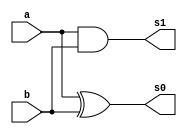
// -------------------------
// Exemplo00048 - 
// Nome: Flvio Andrade Amaral Motta 
// ------------------------- 


// ------------------------- 
// half adder 
// ------------------------- 
	
	module halfAdder( s0,s1, a, b);
	
	input a, b;
	output s0, s1;
	
	xor XOR1(s0, a, b);
	and AND1(s1, a, b);

	endmodule 
	
// ------------------------- 
// full adder 
// -------------------------	
	
	module fullAdder(s0, s1, a, b, c);
	
	input a, b, c;
	output s0, s1;
	wire q0, q1, q2;
	
	halfAdder HA1(q0, q1, a, b);
	halfAdder HA2(s0, q2, c, q0);
	or OR1(s1, q2, q1);
	
	endmodule
	

// ------------------------- 
// full adder 4 bits
// -------------------------	
	

	module fullAdder4 (output [3:0]s,
	input Carry, 
	input [3:0]a, 
	input [3:0]b); 
	
	// descrever por portas
	wire vaiUm;
	wire vaiUm1;
	wire vaiUm2;
	wire s_xor;
	wire s_xor1;
	wire s_xor2;
	wire s_xor3;
	wire carryOut;
	
	
	
	xor XOR1	(s_xor,  b[0], Carry);
	xor XOR2	(s_xor1, b[1], Carry );
	xor XOR3	(s_xor2, b[2], Carry);
	xor XOR4	(s_xor3, b[3], Carry);
	
	
	fullAdder FA1(s[0], vaiUm, Carry, a[0], s_xor);
	fullAdder FA2(s[1], vaiUm1, a[1], s_xor1,vaiUm);
	fullAdder FA3(s[2], vaiUm2, a[2], s_xor2,vaiUm1);	
	fullAdder FA4(s[3],carryOut , a[3], s_xor3,vaiUm2);
	
	
	
// descrever por portas 
	endmodule // fullAdder 
	
	
// ------------------------- 
// half Subtractor
// ------------------------- 
	
	module halfSub( s0,s1, a, b);
	
	input a, b;
	output s0, s1;
	
	xor XOR1(s0, a, b);
	and AND1(s1,~a, b);

	endmodule 
	
// ------------------------- 
// full Subtractor
// -------------------------	
	
	module fullSub(s0, s1, a, b, c);
	
	input a, b, c;
	output s0, s1;
	wire q0, q1, q2;
	
	halfSub HS1(q0, q1, a, b);
	halfSub HS2(s0, q2, q0, c);
	or OR1(s1, q2, q1);
	
	endmodule
	

// ------------------------- 
// full subtractor 4 bits
// -------------------------	
	

	module fullSub4 (output [3:0]s,
	input [3:0]a, 
	input [3:0]b); 
	
	// descrever por portas
	wire vemUm;
	wire vemUm1;
	wire vemUm2;
	wire carryOut;
	
	
	halfSub HS(s[0], vemUm, a[0], b[0]);
	fullSub FS1(s[1], vemUm1, a[1], b[1], vemUm);
	fullSub FS2(s[2], vemUm2, a[2], b[2], vemUm1);	
	fullSub FS3(s[3],carryOut, a[3], b[3],vemUm2);
	
	

// descrever por portas 
	endmodule // fullSub 
	 
	
	


// ------------------------- definir dados 
	
	module teste;
	
	reg [3:0] x; 
	reg [3:0] y; 
	reg carry;
	reg [3:0]constante;
	wire [3:0] soma;
	wire [3:0] saida;
	
	fullAdder4 FA(soma, carry,x,y);
	fullSub4 FS1(saida, soma, constante);	
	
	
		
	
	 
// ------------------------- parte principal 
	initial begin 
	$display("Exemplo00048 - Flvio Andrade Amaral Motta - 392001"); 
	$display("Test ALU's full adder");  
	
	
	#1 x = 1100; y = 0100; carry = 0; constante = 0001; 
	
// projetar testes do 
	
	$monitor("x = %4b \t y = %4b\t carry1 = %b\t constante = %b\t   saida = %5b\n",x,y,carry, constante, saida);
	
	#1 x = 0010; y = 0000; carry = 0; constante = 0001; 
	#1 x = 0001; y = 0001; carry = 1; constante = 0001; 
	#1 x = 0000; y = 0001; carry = 1; constante = 0001; 
	#1 x = 1111; y = 1000; carry = 0; constante = 0001; 
end 
endmodule // test_ComplementoDois